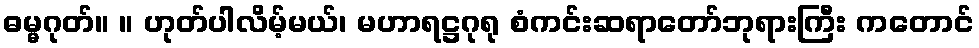
ဓမ္မဂုတ်။ ။ ဟုတ်ပါလိမ့်မယ်၊ မဟာရဋ္ဌဂုရု စံကင်းဆရာတော်ဘုရားကြီး ကတောင်